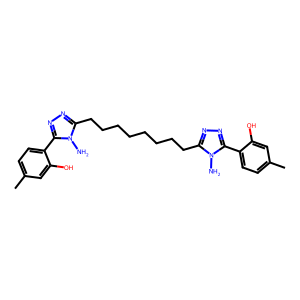
SMILES: Cc1ccc(-c2nnc(CCCCCCCCc3nnc(-c4ccc(C)cc4O)n3N)n2N)c(O)c1
Inhibits HIV replication: No